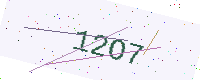
Text: 12O7